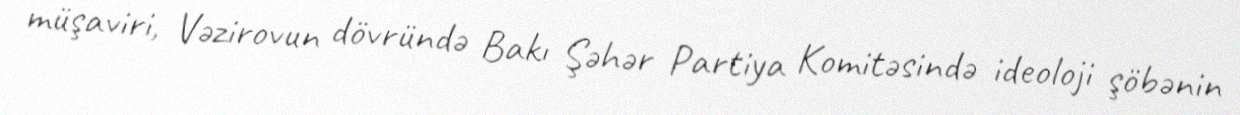
müşaviri, Vəzirovun dövründə Bakı Şəhər Partiya Komitəsində ideoloji şöbənin